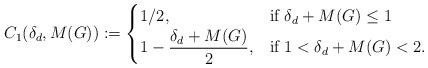
LaTeX: \begin{align*}C_1(\delta_d,M(G)):= \begin{cases}1/2, & \textrm{if $\delta_d + M(G) \leq 1$}\\\displaystyle 1- \frac{\delta_d + M(G)}{2}, & \textrm{if $1 < \delta_d + M(G) < 2$}.\end{cases}\end{align*}